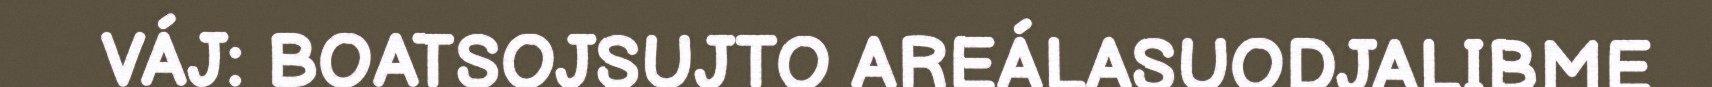
VÁJ: BOATSOJSUJTO AREÁLASUODJALIBME